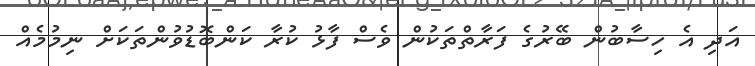
އަދި އެ ހިސާބުން ބޭރުގެ ފަރާތްތަކުން ވެސް ފާޅު ކުރާ ކަންބޮޑުވުންތަކަށް ނިމުމެއް